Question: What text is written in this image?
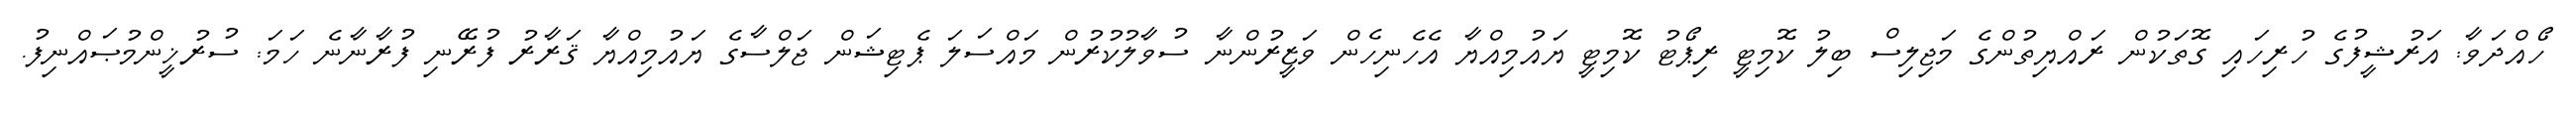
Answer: ހޯއްދަވާ: އަރުޝީފުގެ ހުރިހައި ގޮތަކުން ރައްޔިތުންގެ މަޖިލިސް ބިލު ކޮމިޓީ ރިޕޯޓު ކޮމިޓީ ޔައުމިއްޔާ އެހެނިހެން ވަޒީރުންނާ ސުވާލުކުރުން މައްސަލަ ޕެޓިޝަން ޖަލްސާގެ ޔައުމިއްޔާ ޤަރާރު ފުރޭނި ފުރާނާނެ ހަމަ: ސުރުޚީންމުޞައްނިފު.